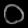
Digit: ၀